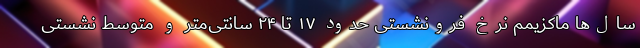
سال‌ها ماکزیمم نرخ فرونشستی حدود ۱۷ تا ۲۴ سانتی‌متر و متوسط نشستی